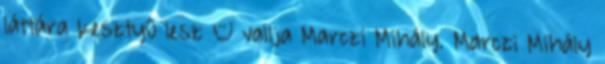
láttára kesztyû lesz – vallja Marczi Mihály. Marczi Mihály